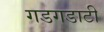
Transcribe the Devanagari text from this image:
गडगडाटी